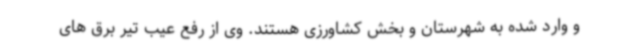
و وارد شده به شهرستان و بخش کشاورزی هستند. وی از رفع عیب تیر برق های